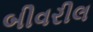
બીવરીલ